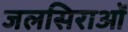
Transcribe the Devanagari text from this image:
जलसिराओं